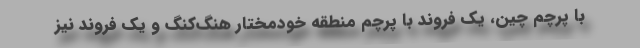
با پرچم چین، یک فروند با پرچم منطقه خودمختار هنگ‌کنگ و یک فروند نیز